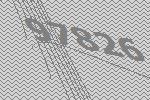
97826